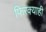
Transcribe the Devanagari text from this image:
फिरक्याही